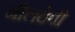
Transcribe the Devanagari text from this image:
नीलदेवी